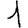
Digit: 1